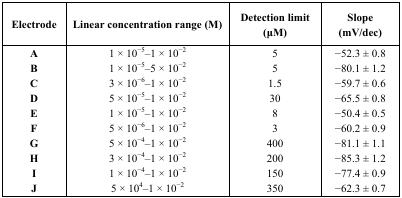
| Electrode | Linear concentration range (M) | Detection limit (μM) | Slope (mV/dec) |
 | --- | --- | --- | --- |
 | A | 1 × 10−5–1 × 10−2 | 5 | −52.3 ± 0.8 |
 | B | 1 × 10−5–5 × 10−2 | 5 | −80.1 ± 1.2 |
 | C | 3 × 10−6–1 × 10−2 | 1.5 | −59.7 ± 0.6 |
 | D | 5 × 10−5–1 × 10−2 | 30 | −65.5 ± 0.8 |
 | E | 1 × 10−5–1 × 10−2 | 8 | −50.4 ± 0.5 |
 | F | 5 × 10−6–1 × 10−2 | 3 | −60.2 ± 0.9 |
 | G | 5 × 10−4–1 × 10−2 | 400 | −81.1 ± 1.1 |
 | H | 3 × 10−4–1 × 10−2 | 200 | −85.3 ± 1.2 |
 | I | 1 × 10−4–1 × 10−2 | 150 | −77.4 ± 0.9 |
 | J | 5 × 104–1 × 10−2 | 350 | −62.3 ± 0.7 |